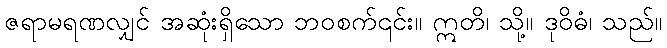
ဇရာမရဏလျှင် အဆုံးရှိသော ဘဝစက်၎င်း။ ဣတိ၊ သို့။ ဒုဝိဓံ၊ သည်။